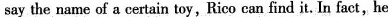
say the name of a certain toy,Rico can find it. In fact,he